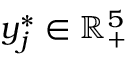
\boldsymbol { y } _ { j } ^ { * } \in \mathbb { R } _ { + } ^ { 5 }